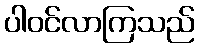
ပါဝင်လာကြသည်